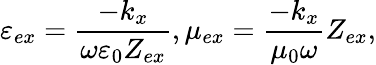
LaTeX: \varepsilon_{ex}=\frac{-k_{x}}{\omega\varepsilon_{0}Z_{ex}},\mu_{ex}=\frac{-k_{x}}{\mu_{0}\omega}Z_{ex},